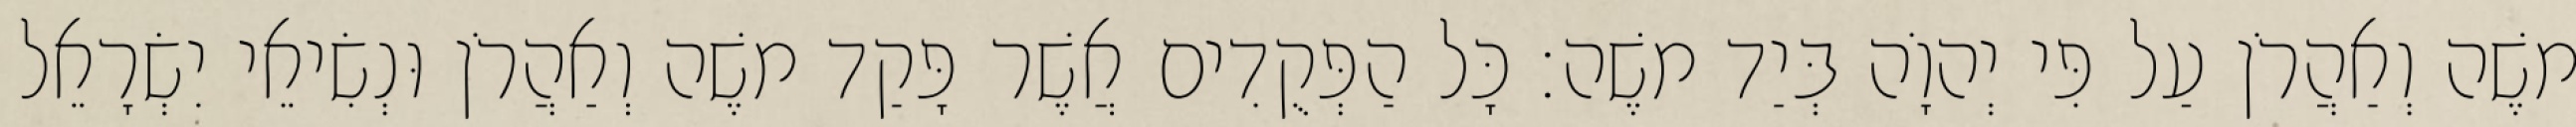
משֶׁה וְאַהֲרֹן עַל פִּי יְהוָֹה בְּיַד משֶׁה׃ כָּל הַפְּקֻדִים אֲשֶׁר פָּקַד משֶׁה וְאַהֲרֹן וּנְשִׂיאֵי יִשְׂרָאֵל